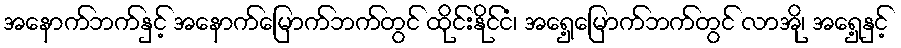
အနောက်ဘက်နှင့် အနောက်မြောက်ဘက်တွင် ထိုင်းနိုင်ငံ၊ အရှေ့မြောက်ဘက်တွင် လာအို၊ အရှေ့နှင့်